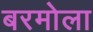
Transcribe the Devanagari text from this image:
बरमोला